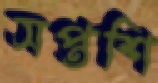
সপ্তশি